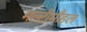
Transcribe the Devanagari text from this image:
मल्टीमौडल